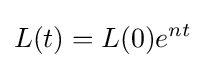
L(t)=L(0)e^{nt}